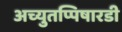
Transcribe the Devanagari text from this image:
अच्युतप्पिषारडी